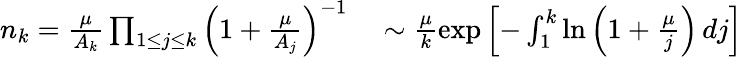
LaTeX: \begin{array}{rl}{n_{k}=\frac{\mu}{A_{k}}\prod_{1\leq j\leq k}\left(1+\frac{\mu}{A_{j}}\right)^{-1}}&{{}\sim\frac{\mu}{k}\exp\left[-\int_{1}^{k}\ln\left(1+\frac{\mu}{j}\right)\, dj\right]}\end{array}